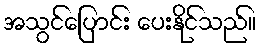
အသွင်ပြောင်း ပေးနိုင်သည်။